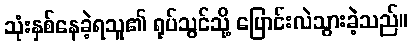
သုံးနှစ်နေခဲ့ရသူ၏ ရုပ်သွင်သို့ ပြောင်းလဲသွားခဲ့သည်။